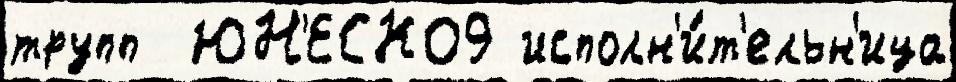
трупп  ЮН'ЕСКО9 исполн'и́т'ельн'ица